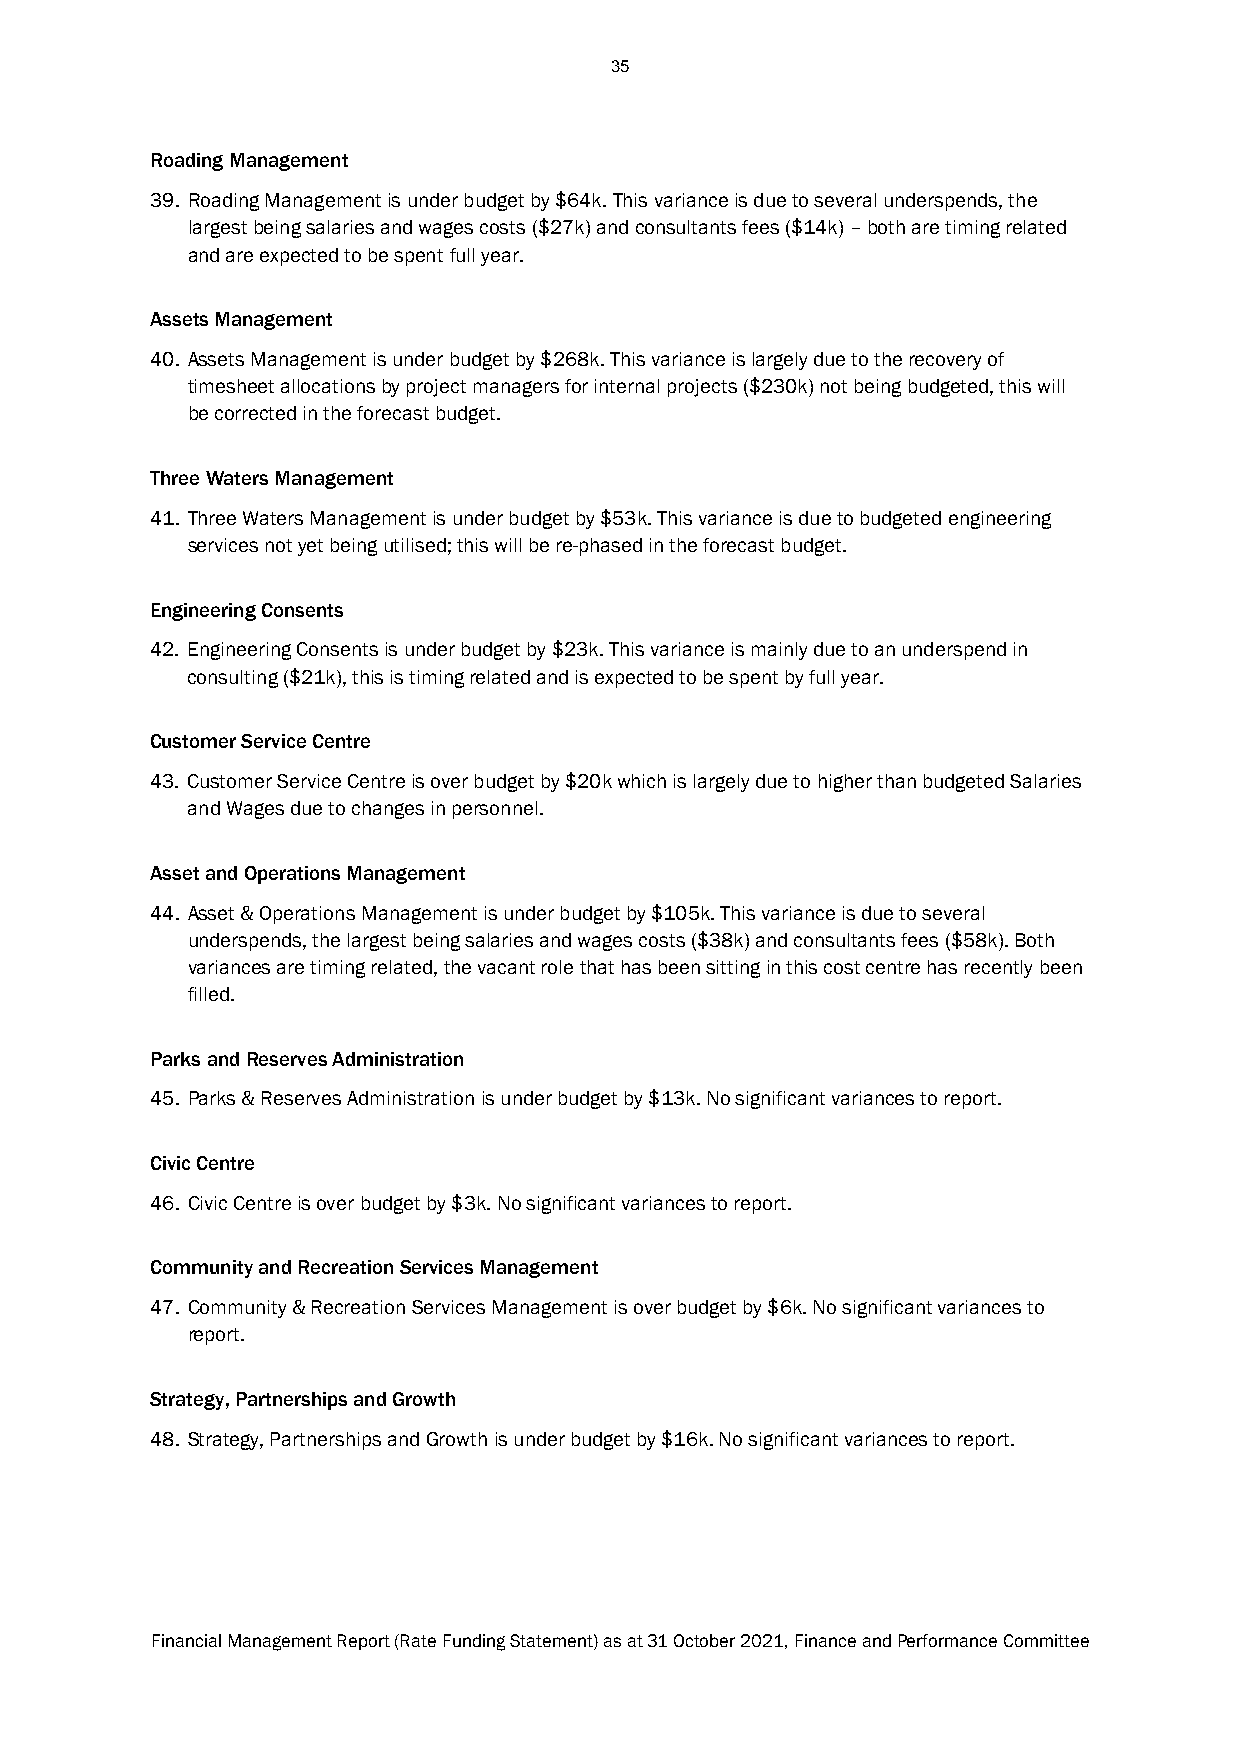
35
 Roading Management
 39. Roading Management is under budget by $64k. This variance is due to several underspends, the
 largest being salaries and wages costs ($27k) and consultants fees ($14k) – both are timing related
 and are expected to be spent full year.
 Assets Management
 40. Assets Management is under budget by $268k. This variance is largely due to the recovery of
 timesheet allocations by project managers for internal projects ($230k) not being budgeted, this will
 be corrected in the forecast budget.
 Three Waters Management
 41. Three Waters Management is under budget by $53k. This variance is due to budgeted engineering
 services not yet being utilised; this will be re-phased in the forecast budget.
 Engineering Consents
 42. Engineering Consents is under budget by $23k. This variance is mainly due to an underspend in
 consulting ($21k), this is timing related and is expected to be spent by full year.
 Customer Service Centre
 43. Customer Service Centre is over budget by $20k which is largely due to higher than budgeted Salaries
 and Wages due to changes in personnel.
 Asset and Operations Management
 44. Asset & Operations Management is under budget by $105k. This variance is due to several
 underspends, the largest being salaries and wages costs ($38k) and consultants fees ($58k). Both
 variances are timing related, the vacant role that has been sitting in this cost centre has recently been
 filled.
 Parks and Reserves Administration
 45. Parks & Reserves Administration is under budget by $13k. No significant variances to report.
 Civic Centre
 46. Civic Centre is over budget by $3k. No significant variances to report.
 Community and Recreation Services Management
 47. Community & Recreation Services Management is over budget by $6k. No significant variances to
 report.
 Strategy, Partnerships and Growth
 48. Strategy, Partnerships and Growth is under budget by $16k. No significant variances to report.
 Financial Management Report (Rate Funding Statement) as at 31 October 2021, Finance and Performance Committee